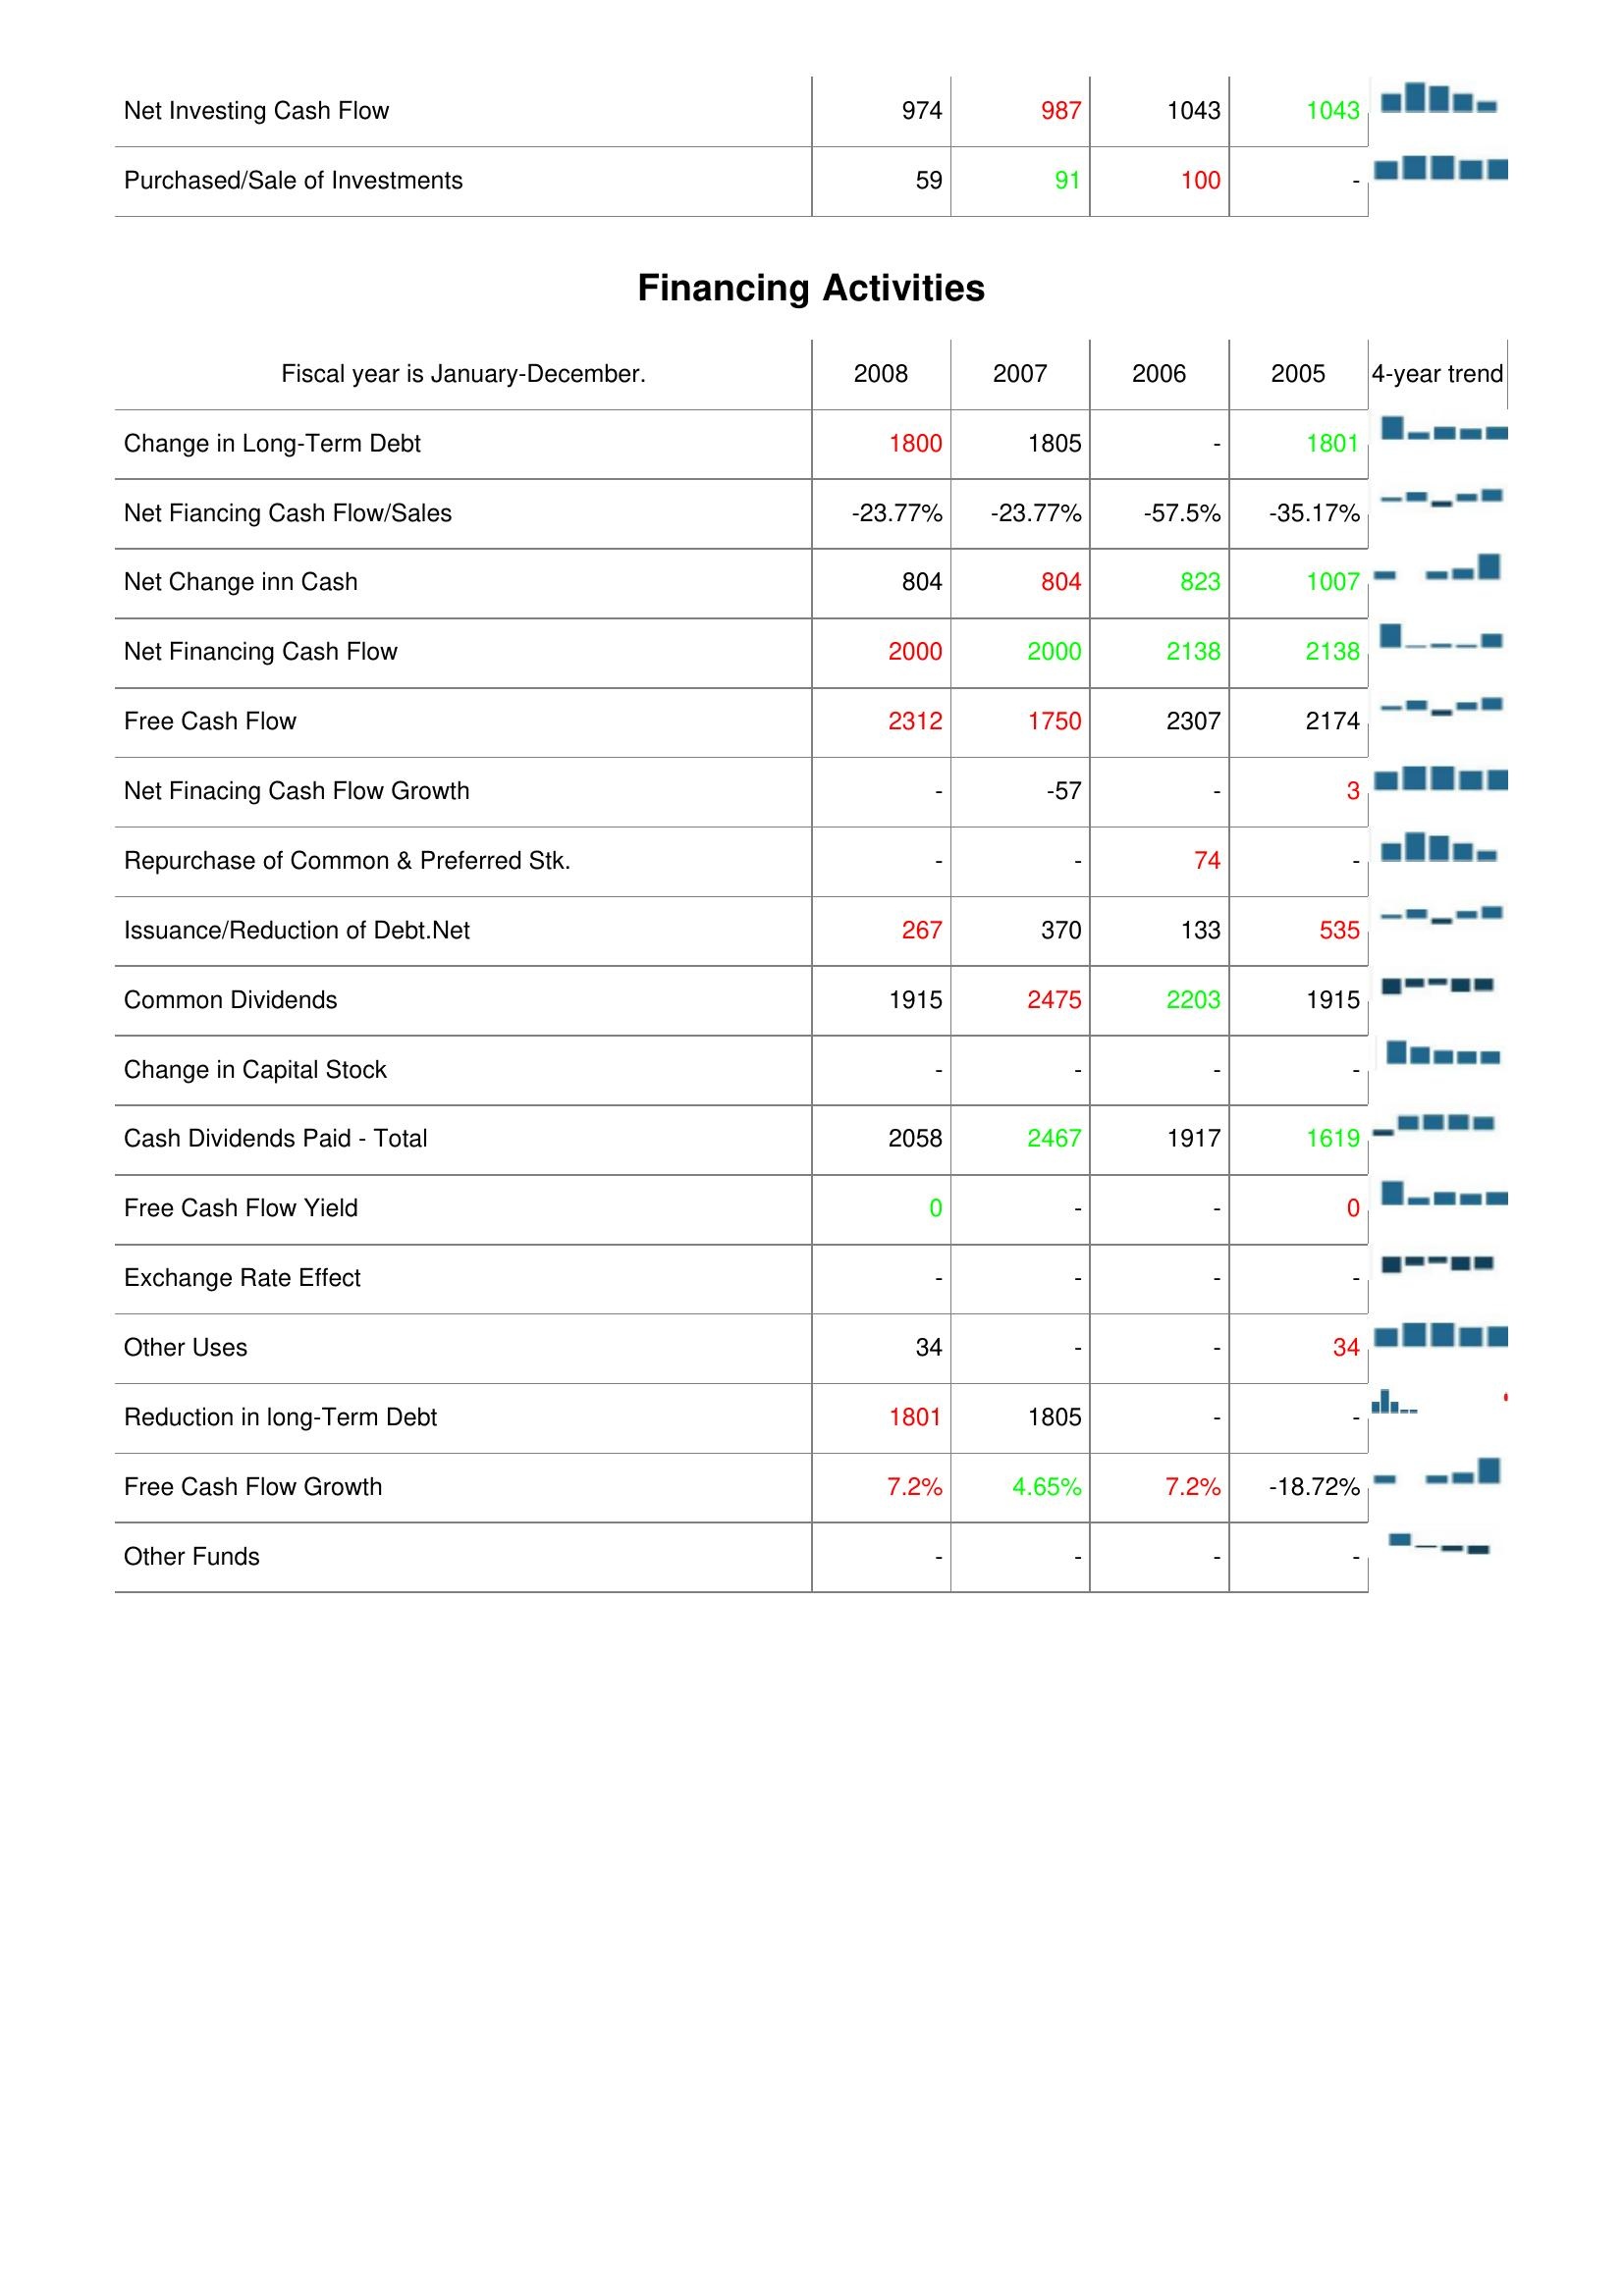
2008: Investing Activities: Net Investing Cash Flow: 974
Purchased/Sale of Investments: 59
Financing Activities: Change in Long-Term Debt: 1800
Net Fiancing Cash Flow/Sales: -23.77%
Net Change inn Cash: 804
Net Financing Cash Flow: 2000
Free Cash Flow: 2312
Net Finacing Cash Flow Growth: -
Repurchase of Common & Preferred Stk.: -
Issuance/Reduction of Debt.Net: 267
Common Dividends: 1915
Change in Capital Stock: -
Cash Dividends Paid - Total: 2058
Free Cash Flow Yield: 0
Exchange Rate Effect: -
Other Uses: 34
Reduction in long-Term Debt: 1801
Free Cash Flow Growth: 7.2%
Other Funds: -
2007: Investing Activities: Net Investing Cash Flow: 987
Purchased/Sale of Investments: 91
Financing Activities: Change in Long-Term Debt: 1805
Net Fiancing Cash Flow/Sales: -23.77%
Net Change inn Cash: 804
Net Financing Cash Flow: 2000
Free Cash Flow: 1750
Net Finacing Cash Flow Growth: -57
Repurchase of Common & Preferred Stk.: -
Issuance/Reduction of Debt.Net: 370
Common Dividends: 2475
Change in Capital Stock: -
Cash Dividends Paid - Total: 2467
Free Cash Flow Yield: -
Exchange Rate Effect: -
Other Uses: -
Reduction in long-Term Debt: 1805
Free Cash Flow Growth: 4.65%
Other Funds: -
2006: Investing Activities: Net Investing Cash Flow: 1043
Purchased/Sale of Investments: 100
Financing Activities: Change in Long-Term Debt: -
Net Fiancing Cash Flow/Sales: -57.5%
Net Change inn Cash: 823
Net Financing Cash Flow: 2138
Free Cash Flow: 2307
Net Finacing Cash Flow Growth: -
Repurchase of Common & Preferred Stk.: 74
Issuance/Reduction of Debt.Net: 133
Common Dividends: 2203
Change in Capital Stock: -
Cash Dividends Paid - Total: 1917
Free Cash Flow Yield: -
Exchange Rate Effect: -
Other Uses: -
Reduction in long-Term Debt: -
Free Cash Flow Growth: 7.2%
Other Funds: -
2005: Investing Activities: Net Investing Cash Flow: 1043
Purchased/Sale of Investments: -
Financing Activities: Change in Long-Term Debt: 1801
Net Fiancing Cash Flow/Sales: -35.17%
Net Change inn Cash: 1007
Net Financing Cash Flow: 2138
Free Cash Flow: 2174
Net Finacing Cash Flow Growth: 3
Repurchase of Common & Preferred Stk.: -
Issuance/Reduction of Debt.Net: 535
Common Dividends: 1915
Change in Capital Stock: -
Cash Dividends Paid - Total: 1619
Free Cash Flow Yield: 0
Exchange Rate Effect: -
Other Uses: 34
Reduction in long-Term Debt: -
Free Cash Flow Growth: -18.72%
Other Funds: -